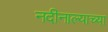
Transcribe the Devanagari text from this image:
नदीनाल्याच्या